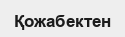
Қожабектен